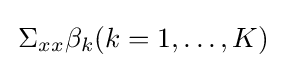
\,\Sigma _{xx}\beta _{k}(k=1,\ldots ,K)